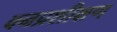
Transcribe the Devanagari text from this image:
वनप्रशीक्षण